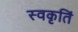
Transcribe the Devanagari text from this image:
स्वकृतिं